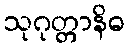
သုဂုတ္တာနိဓ